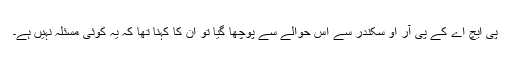
پی ایچ اے کے پی آر او سکندر سے اس حوالے سے پوچھا گیا تو ان کا کہنا تھا کہ یہ کوئی مسئلہ نہیں ہے۔